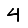
Digit: 4